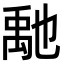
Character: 𥝀